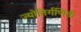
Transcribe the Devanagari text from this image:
ज्योतिर्गणिती